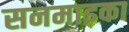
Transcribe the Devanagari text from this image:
सनमाइका